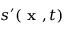
s ^ { \prime } ( \textbf { x } , t )